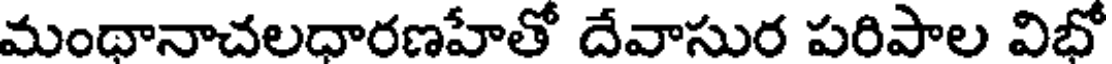
మంధానాచలధారణహేతో దేవాసుర పరిపాల విభో